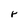
Character: r